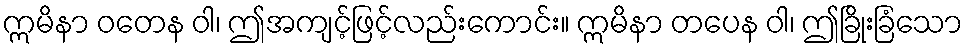
ဣမိနာ ဝတေန ဝါ၊ ဤအကျင့်ဖြင့်လည်းကောင်း။ ဣမိနာ တပေန ဝါ၊ ဤခြိုးခြံသော